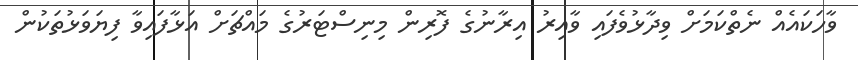
ވާހަކައެއް ނެތްކަމަށް ވިދާޅުވެފައި ވާއިރު އިރާނުގެ ފޮރިން މިނިސްޓަރުގެ މައްޗަށް އަޅާފައިވާ ފިޔަވަޅުތަކުން